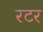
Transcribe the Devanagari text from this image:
रटर